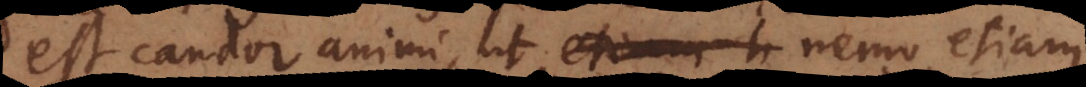
est candor animi, ut nemo etiam